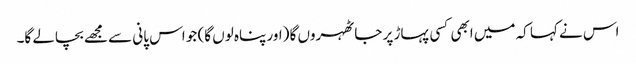
اس نے کہا کہ میں ابھی کسی پہاڑ پر جا ٹھہروں گا (اور پناہ لوں گا) جو اس پانی سے مجھے بچالے گا۔